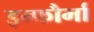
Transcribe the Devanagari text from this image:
इन्फौर्मा